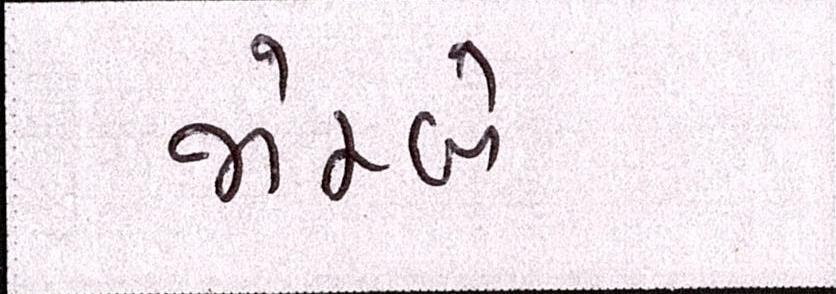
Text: જોમ્બે